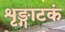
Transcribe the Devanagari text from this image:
शृङ्गाटकं